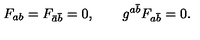
F _ { a b } = F _ { \bar { a } \bar { b } } = 0 , \qquad g ^ { a \bar { b } } F _ { a \bar { b } } = 0 .